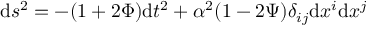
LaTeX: \mathrm { d } s ^ { 2 } = - ( 1 + 2 \Phi ) \mathrm { d } t ^ { 2 } + \alpha ^ { 2 } ( 1 - 2 \Psi ) \delta _ { i j } \mathrm { d } x ^ { i } \mathrm { d } x ^ { j }